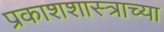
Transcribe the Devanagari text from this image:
प्रकाशशास्त्राच्या